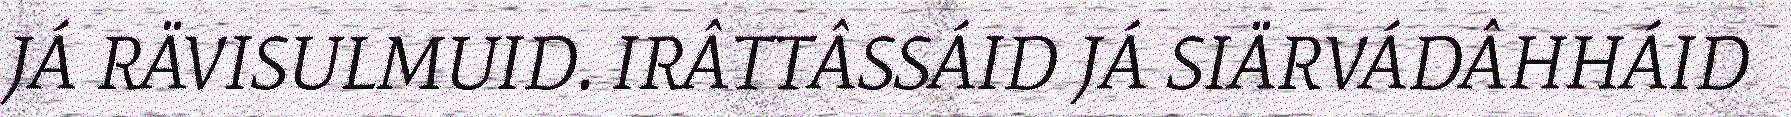
JÁ RÄVISULMUID. IRÂTTÂSSÁID JÁ SIÄRVÁDÂHHÁID